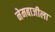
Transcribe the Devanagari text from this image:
नेमबाजीला